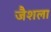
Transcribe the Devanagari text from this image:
जैशला